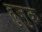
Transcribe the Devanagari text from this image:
हुजुक